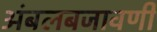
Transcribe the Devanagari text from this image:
अंबलबजावणी